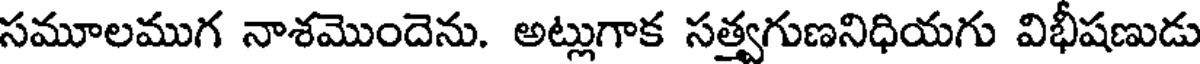
సమూలముగ నాశమొందెను. అట్లుగాక సత్వగుణనిధియగు విభీషణుడు